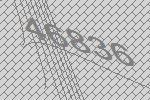
46836